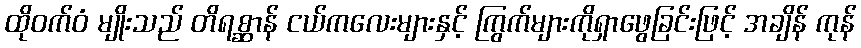
ထိုဝက်ဝံ မျိုးသည် တိရစ္ဆာန် ငယ်ကလေးများနှင့် ကြွက်များကိုရှာဖွေခြင်းဖြင့် အချိန် ကုန်